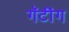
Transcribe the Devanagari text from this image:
गॅटींग